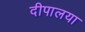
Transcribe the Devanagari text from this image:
दीपालया